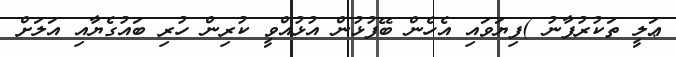
ޢަލީ ތަކުރުފާނު )ފިޔަވައި އެހެން ބޭފުޅުން އުޅުއްވީ ކުރިން ހުރި ބައުގެޔާއި އަލަށް